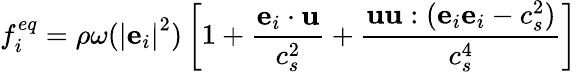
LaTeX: f_{i}^{eq}=\rho\omega({\left|{{{\mathbf{e}}_{i}}}\right|^{2}})\left[{1+\frac{{{{\mathbf{e}}_{i}}\cdot{\mathbf{u}}}}{{c_{s}^{2}}}+\frac{{{\mathbf{uu}}:({{\mathbf{e}}_{i}}{{\mathbf{e}}_{i}}-c_{s}^{2})}}{{c_{s}^{4}}}}\right]